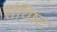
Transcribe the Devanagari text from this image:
संविष्ट